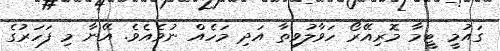
ގައުމީ ޓީމާ މޮރިއޭރޯ ހަވާލުވިތާ އަދި މަހެއް ނުވެއެވެ. އޭނާ މި ފަހަރުގެ